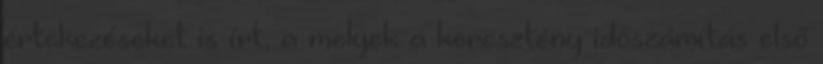
értekezéseket is írt, a melyek a keresztény időszámítás első